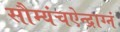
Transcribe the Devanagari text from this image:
सौम्यंचऐन्द्राग्नं